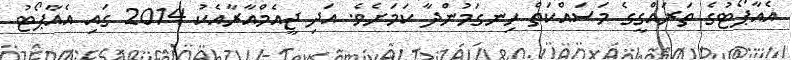
އެއާޕޯޓުގެ ތަރައްގީގެ މަސައްކަތް ހިނގަމުންދާ ކަމަށެވެ. އަދި ޖީއެމްއާރާއެކު 2014 ގައި އެއާޕޯޓު